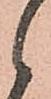
候